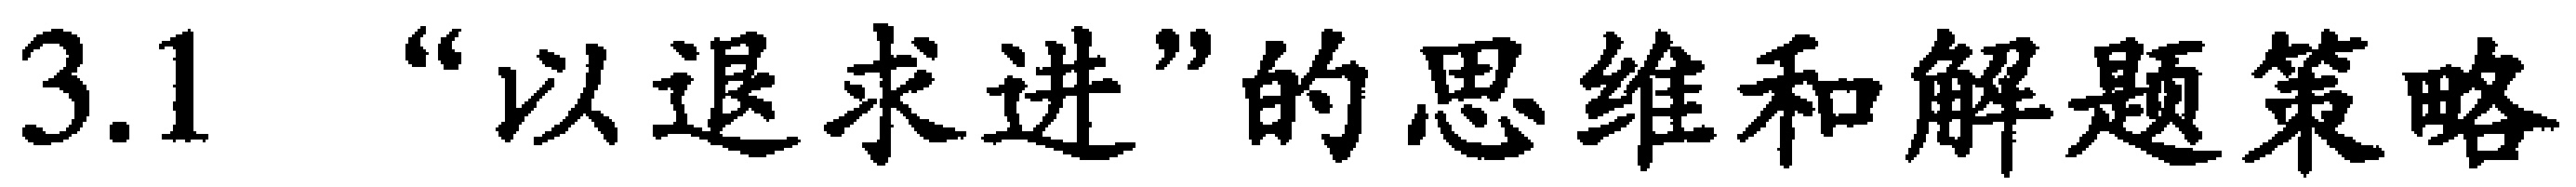
3.1 “以退求进”的思维和解题策略